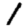
Digit: 1